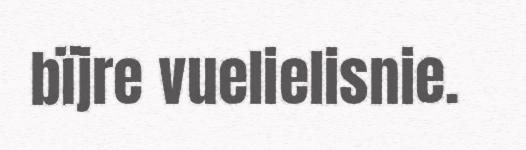
bïjre vuelielisnie.